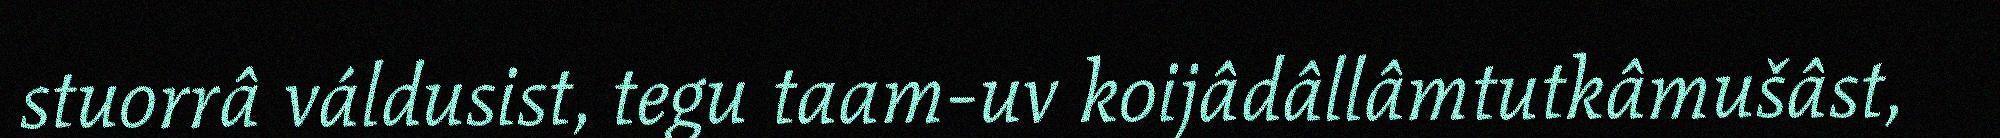
stuorrâ váldusist, tegu taam-uv koijâdâllâmtutkâmušâst,